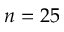
n = 2 5